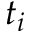
t _ { i }